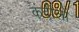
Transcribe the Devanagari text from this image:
कंदीलों